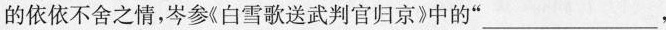
的依依不舍之情，岑参《白雪歌送武判官归京》中的”___，